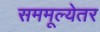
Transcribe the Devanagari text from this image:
सममूल्येतर